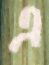
এ